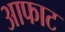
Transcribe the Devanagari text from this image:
आफाट